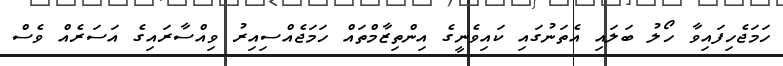
ހަމަޖެހިފައިވާ ހޯލު ބަލައި އެތަނުގައި ކައިވެނީގެ އިންތިޒާމްތައް ހަމަޖެއްސިއިރު ވިއްސާރައިގެ އަސަރެއް ވެސް